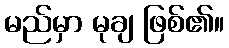
မည်မှာ မုချ ဖြစ်၏။